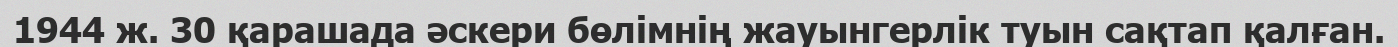
1944 ж. 30 қарашада әскери бөлімнің жауынгерлік туын сақтап қалған.